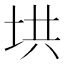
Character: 垬